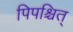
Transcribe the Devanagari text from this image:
पिपश्चित्